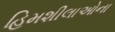
હિમશીલાઓના